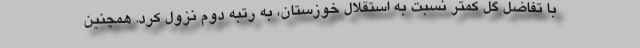
با تفاضل گل کمتر نسبت به استقلال خوزستان، به رتبه دوم نزول کرد. همچنین